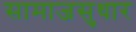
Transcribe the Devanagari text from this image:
सामाजसुधार